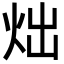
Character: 炪